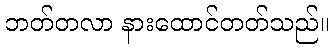
ဘတ်တလာ နားထောင်တတ်သည်။